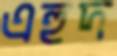
এহুদ